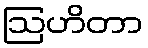
ဩဟိတာ